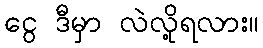
ငွေ ဒီမှာ လဲလို့ရလား။